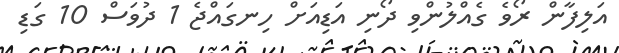
އަލިފާން ރޯވެ ގެއްލުންވި ދޯނި އަޑިއަށް ހިނގައްޖެ 1 ދުވަސް 10 ގަޑި